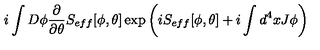
i \int D \phi \frac { \partial } { \partial \theta } S _ { e f f } [ \phi , \theta ] \exp \left( i S _ { e f f } [ \phi , \theta ] + i \int d ^ { 4 } x J \phi \right)